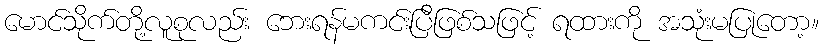
မောင်သိုက်တို့လူစုလည်း ဘေးရန်မကင်းပြီဖြစ်သဖြင့် ရထားကို အသုံးမပြုတော့။